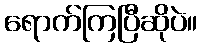
ရောက်ကြပြီဆိုပဲ။